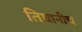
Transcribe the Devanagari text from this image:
तिघानीच